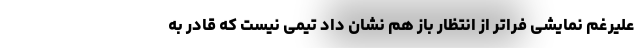
علیرغم نمایشی فراتر از انتظار باز هم نشان داد تیمی نیست که قادر به